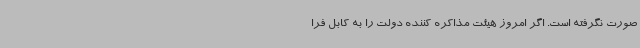
صورت نگرفته است. اگر امروز هیئت مذاکره کننده دولت را به کابل فرا